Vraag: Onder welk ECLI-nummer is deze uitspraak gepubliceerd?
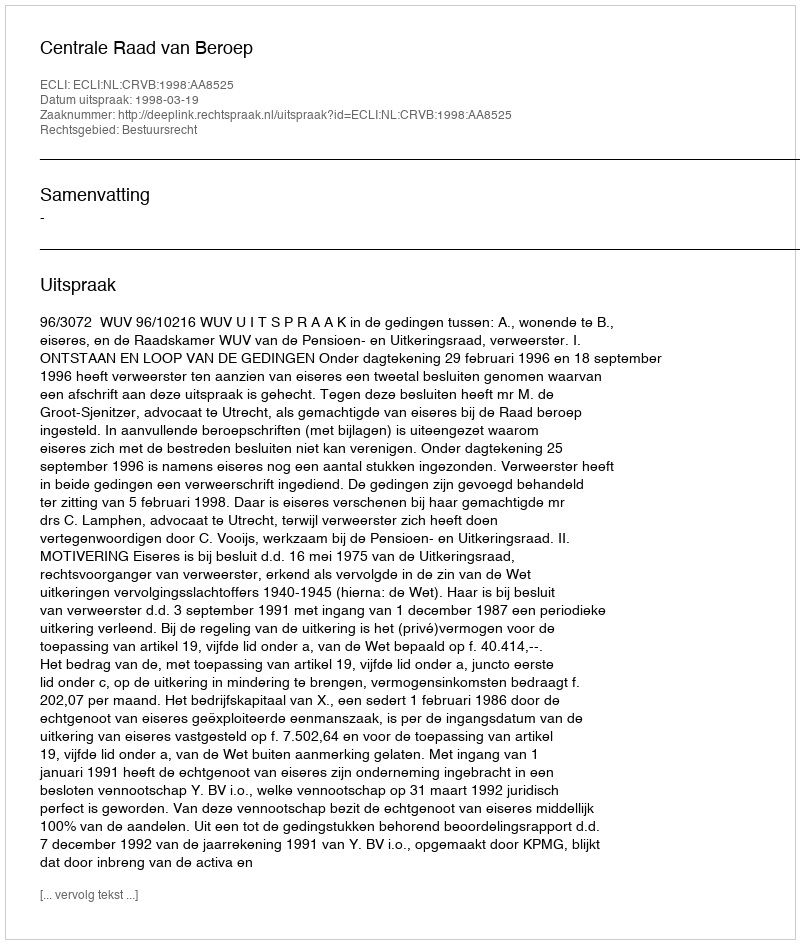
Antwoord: ECLI:NL:CRVB:1998:AA8525